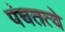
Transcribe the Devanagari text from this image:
पंचतत्वे